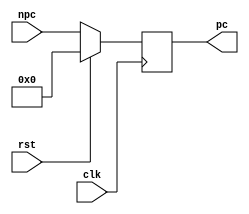
module pc(
    input   clk,
    input   rst,
    input   [31:0]  npc,
    output  reg [31:0]  pc
);

reg period;

always@(posedge clk) begin
    period<=~period;
    if(rst) 
        pc<=32'b0;
    else    
        pc<=npc;
end

endmodule